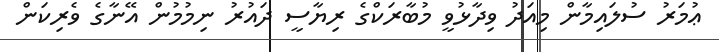
ޢުމަރު ސުލައިމާން މިއަދު ވިދާޅުވީ މުބާރަކްގެ ރިޔާސީ ދައުރު ނިމުމުން އޭނާގެ ވެރިކަން